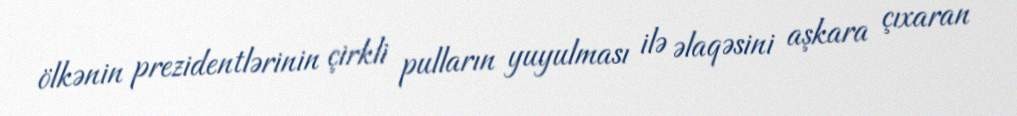
ölkənin prezidentlərinin çirkli pulların yuyulması ilə əlaqəsini aşkara çıxaran